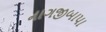
નાગજીબાપા